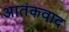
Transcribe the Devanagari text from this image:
अातंकवाद